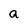
Character: a